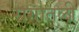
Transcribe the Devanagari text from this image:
रागातली